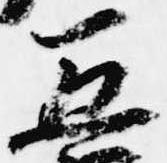
五